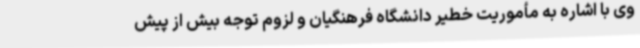
وی با اشاره به مأموریت خطیر دانشگاه فرهنگیان و لزوم توجه بیش از پیش